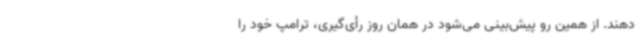
دهند. از همین رو پیش‌بینی می‌شود در همان روز رأی‌گیری، ترامپ خود را